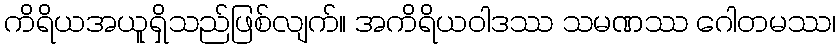
ကိရိယအယူရှိသည်ဖြစ်လျက်။ အကိရိယဝါဒဿ သမဏဿ ဂေါတမဿ၊